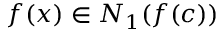
f ( x ) \in N _ { 1 } ( f ( c ) )